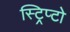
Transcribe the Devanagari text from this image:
स्ट्रिप्टो